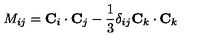
M _ { i j } = { \bf C } _ { i } \cdot { \bf C } _ { j } - { \frac { 1 } { 3 } } \delta _ { i j } { \bf C } _ { k } \cdot { \bf C } _ { k }